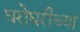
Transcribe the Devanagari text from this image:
घरोघरीच्या